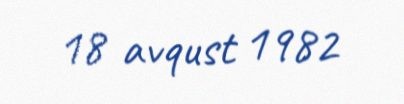
18 avqust 1982